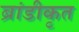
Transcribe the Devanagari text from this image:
ब्रांडीकृत